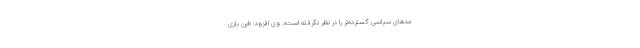
مد‌های سیاسی گسترده‌تر را در نظر نگرفته است». وی افزود: «این بازی